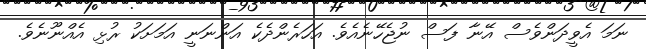
ނަމަ އެވީދަންވެސް އޭނާ ފަސް ނުޖެހޭނެއެވެ. އަހަރެންދެކެ އަންނަނީ އަމަށަކު ރުޅި އެއްނޫނެވެ.